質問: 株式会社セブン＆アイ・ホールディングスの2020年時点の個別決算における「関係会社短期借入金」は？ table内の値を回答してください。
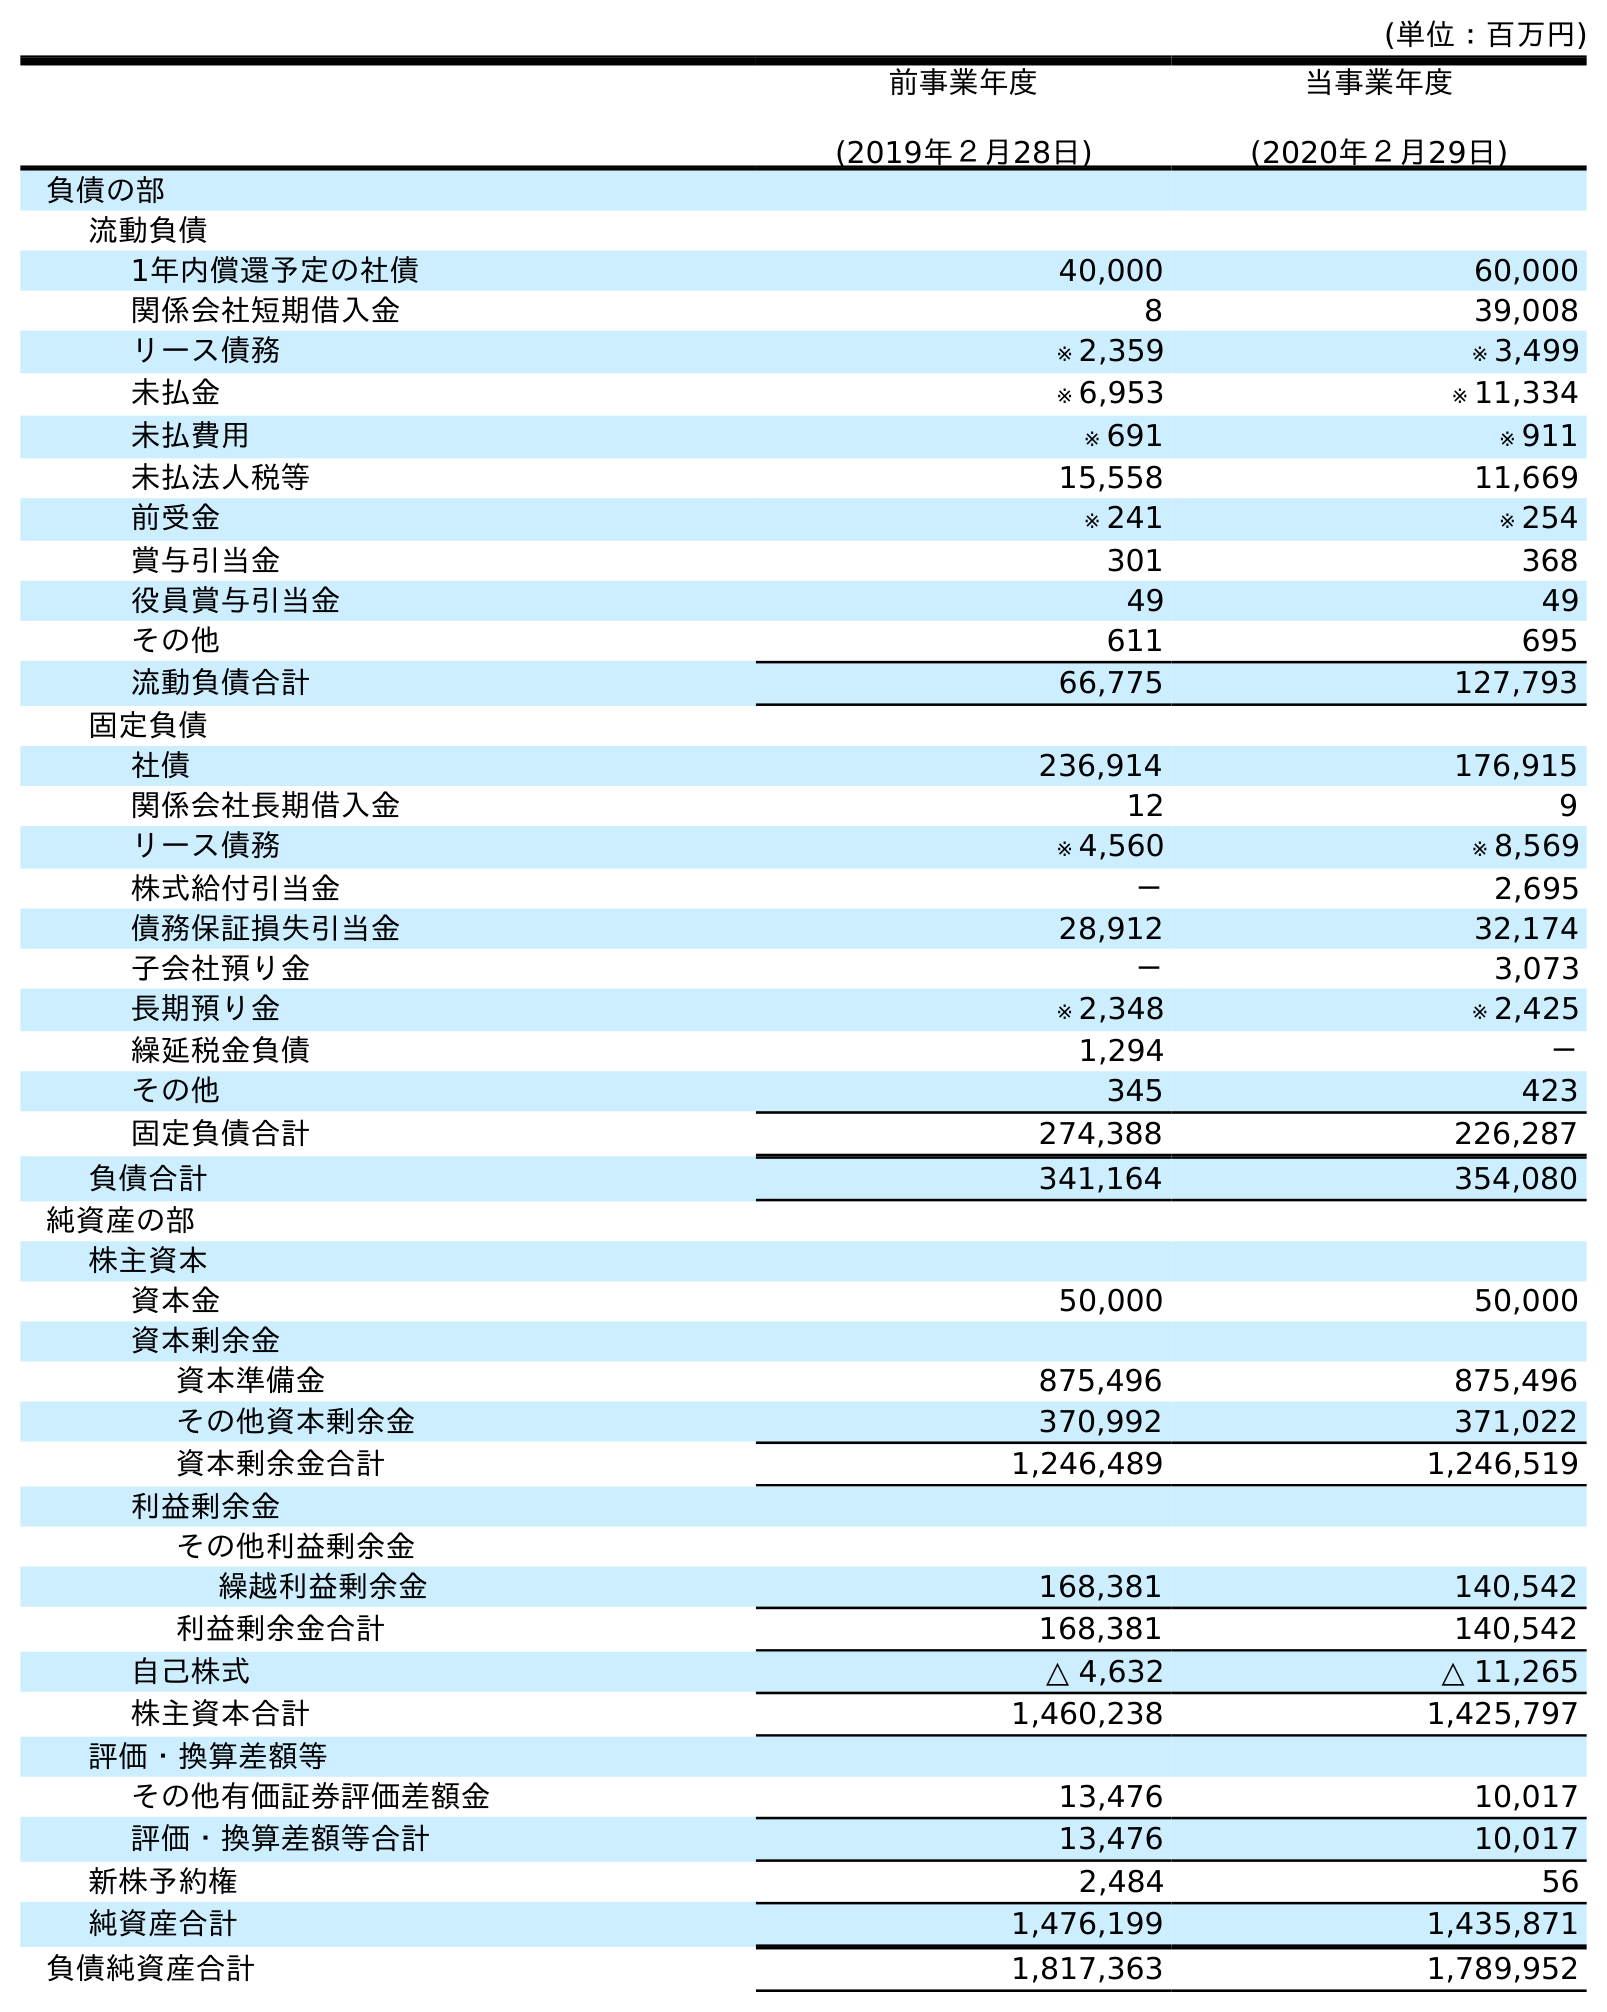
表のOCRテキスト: (単位：百万円) 前事業年度 (2019年２月28日) 当事業年度 (2020年２月29日) 負債の部 流動負債 1年内償還予定の社債 40,000 60,000 関係会社短期借入金 8 39,008 リース債務 ※ 2,359 ※ 3,499 未払金 ※ 6,953 ※ 11,334 未払費用 ※ 691 ※ 911 未払法人税等 15,558 11,669 前受金 ※ 241 ※ 254 賞与引当金 301 368 役員賞与引当金 49 49 その他 611 695 流動負債合計 66,775 127,793 固定負債 社債 236,914 176,915 関係会社長期借入金 12 9 リース債務 ※ 4,560 ※ 8,569 株式給付引当金 － 2,695 債務保証損失引当金 28,912 32,174 子会社預り金 － 3,073 長期預り金 ※ 2,348 ※ 2,425 繰延税金負債 1,294 － その他 345 423 固定負債合計 274,388 226,287 負債合計 341,164 354,080 純資産の部 株主資本 資本金 50,000 50,000 資本剰余金 資本準備金 875,496 875,496 その他資本剰余金 370,992 371,022 資本剰余金合計 1,246,489 1,246,519 利益剰余金 その他利益剰余金 繰越利益剰余金 168,381 140,542 利益剰余金合計 168,381 140,542 自己株式 △ 4,632 △ 11,265 株主資本合計 1,460,238 1,425,797 評価・換算差額等 その他有価証券評価差額金 13,476 10,017 評価・換算差額等合計 13,476 10,017 新株予約権 2,484 56 純資産合計 1,476,199 1,435,871 負債純資産合計 1,817,363 1,789,952
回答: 39,008